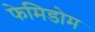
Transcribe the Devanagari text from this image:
फेमिडोम